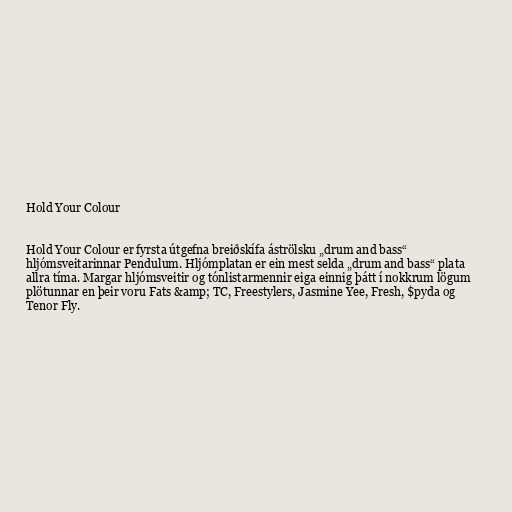
Hold Your Colour

Hold Your Colour er fyrsta útgefna breiðskífa áströlsku „drum and bass“
hljómsveitarinnar Pendulum. Hljómplatan er ein mest selda „drum and bass“ plata
allra tíma. Margar hljómsveitir og tónlistarmennir eiga einnig þátt í nokkrum lögum
plötunnar en þeir voru Fats &amp; TC, Freestylers, Jasmine Yee, Fresh, $pyda og
Tenor Fly.